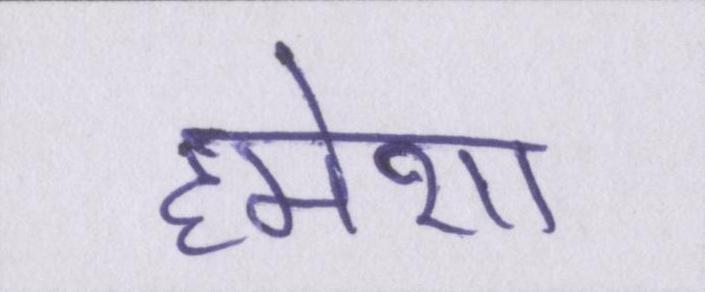
हमेशा